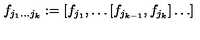
f _ { j _ { 1 } \dots j _ { k } } : = [ f _ { j _ { 1 } } , \dots [ f _ { j _ { k - 1 } } , f _ { j _ { k } } ] \dots ]